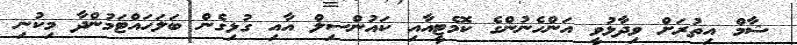
ޝާމް އިތުރަށް ވިދާޅުވީ އަންހެނުންގެ ކޮމެޓީއާއި ކައުންސިލް އާއި ގުޅިގެން ބަލަހައްޓަމުންދާ މިކުނި